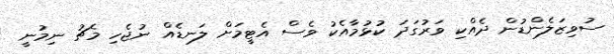
ސުވިޒަލެންޑުން ދެއްކި ވަރުގަދަ ކުޅުމާއެކު ވެސް އެޓީމަށް ލަނޑެއް ނުޖެހި މެޗު ނިމުނީ